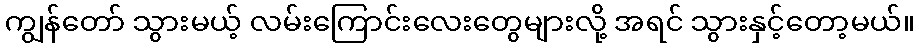
ကျွန်တော် သွားမယ့် လမ်းကြောင်းလေးတွေများလို့ အရင် သွားနှင့်တော့မယ်။